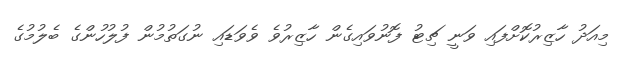
މިއަދު ހާޒިރުކޮށްފައި ވަނީ ޗިޓު ފޮނުވައިގެން ހާޒިރުވެ ވެވަޑައި ނުގަތުމުން ފުލުހުންގެ ބެލުމުގެ